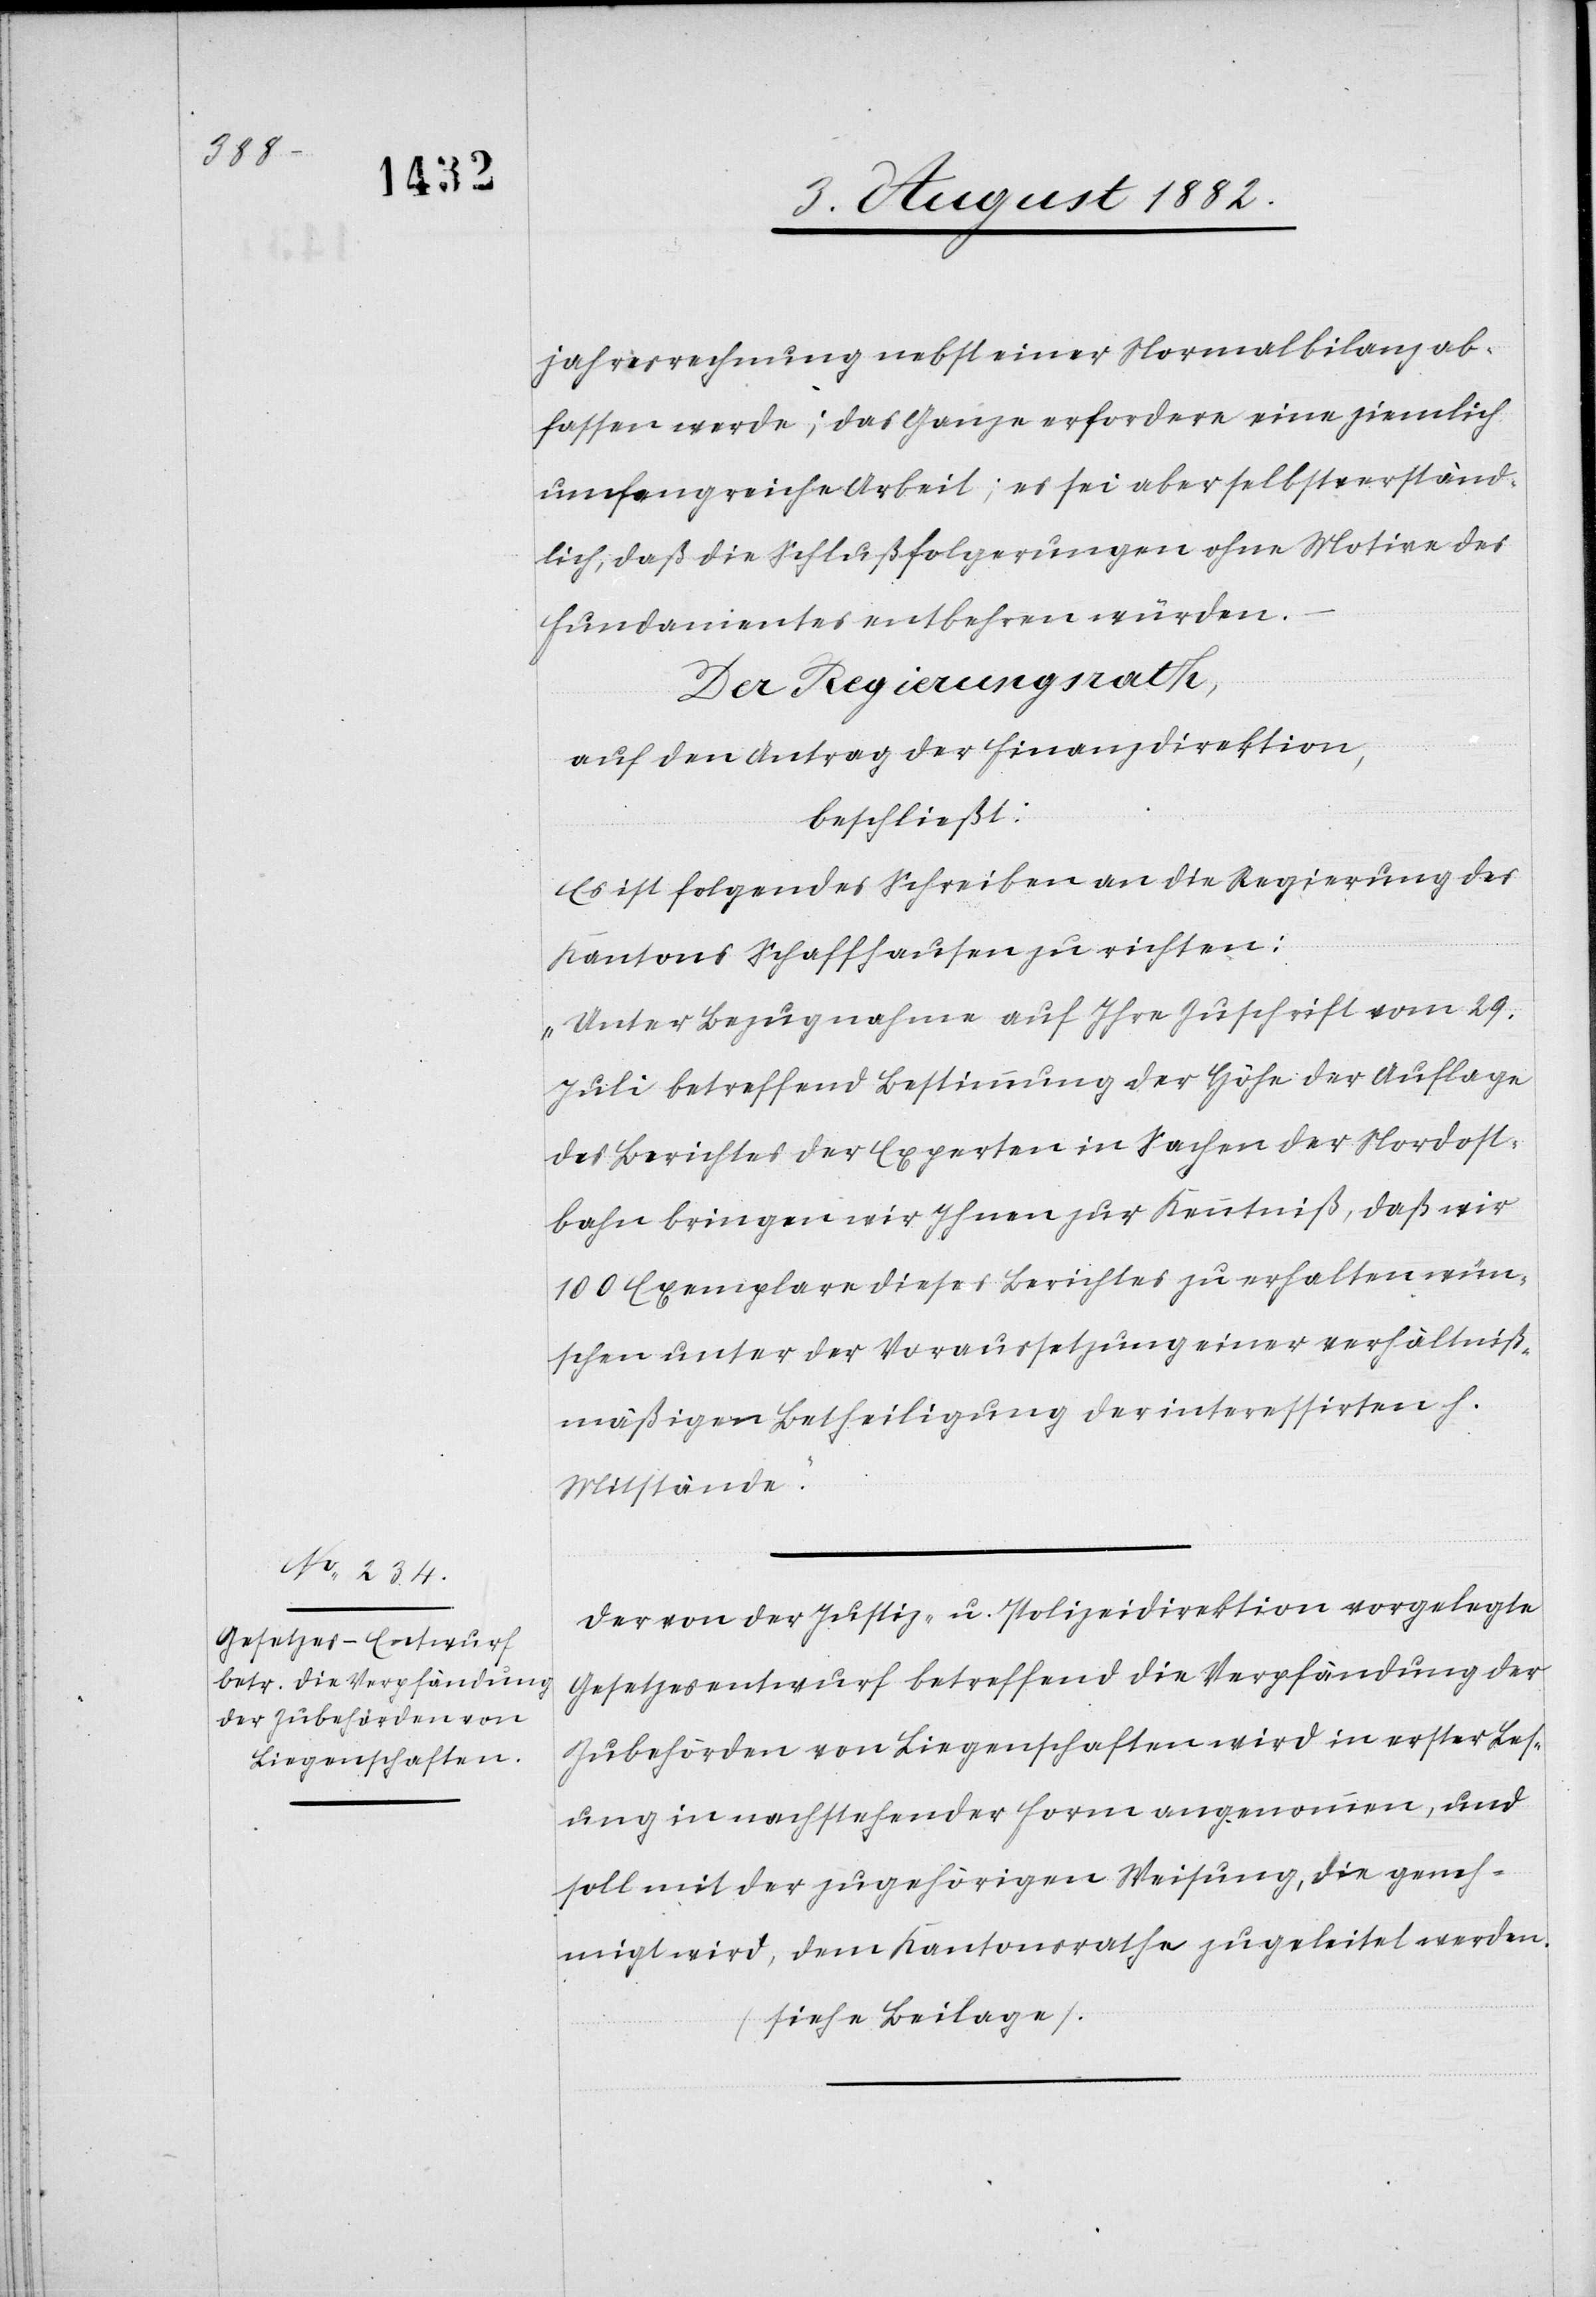
jahresrechnung nebst einer Normalbilanz ab¬
fassen werde; das Ganze erfordere eine ziemlich
umfangreiche Arbeit; es sei aber selbstverständ¬
lich, daß die Schlußfolgerungen ohne Motive des
Fundamentes entbehren würden.
Der Regierungsrath,
auf den Antrag der Finanzdirektion,
beschließt:
Es ist folgendes Schreiben an die Regierung des
Kantons Schaffhausen zu richten:
„Unter Bezugnahme auf Ihre Zuschrift vom 29.
Juli betreffend Bestimmung der Höhe der Auflage
des Berichtes der Experten in Sachen der Nordost¬
bahn bringen wir Ihnen zur Kenntniß, daß wir
100 Exemplare dieses Berichtes zu erhalten wün¬
schen unter der Voraussetzung einer verhältniß¬
mäßigen Betheiligung der interessirten h.
Mitstände.“
Der von der Justiz- & Polizeidirektion vorgelegte
Gesetzesentwurf betreffend die Verpfändung der
Zubehörden von Liegenschaften wird in erster Les¬
ung in nachstehender Form angenommen, und
soll mit der zugehörigen Weisung, die geneh¬
migt wird, dem Kantonsrathe zugeleitet werden.
(siehe Beilage).